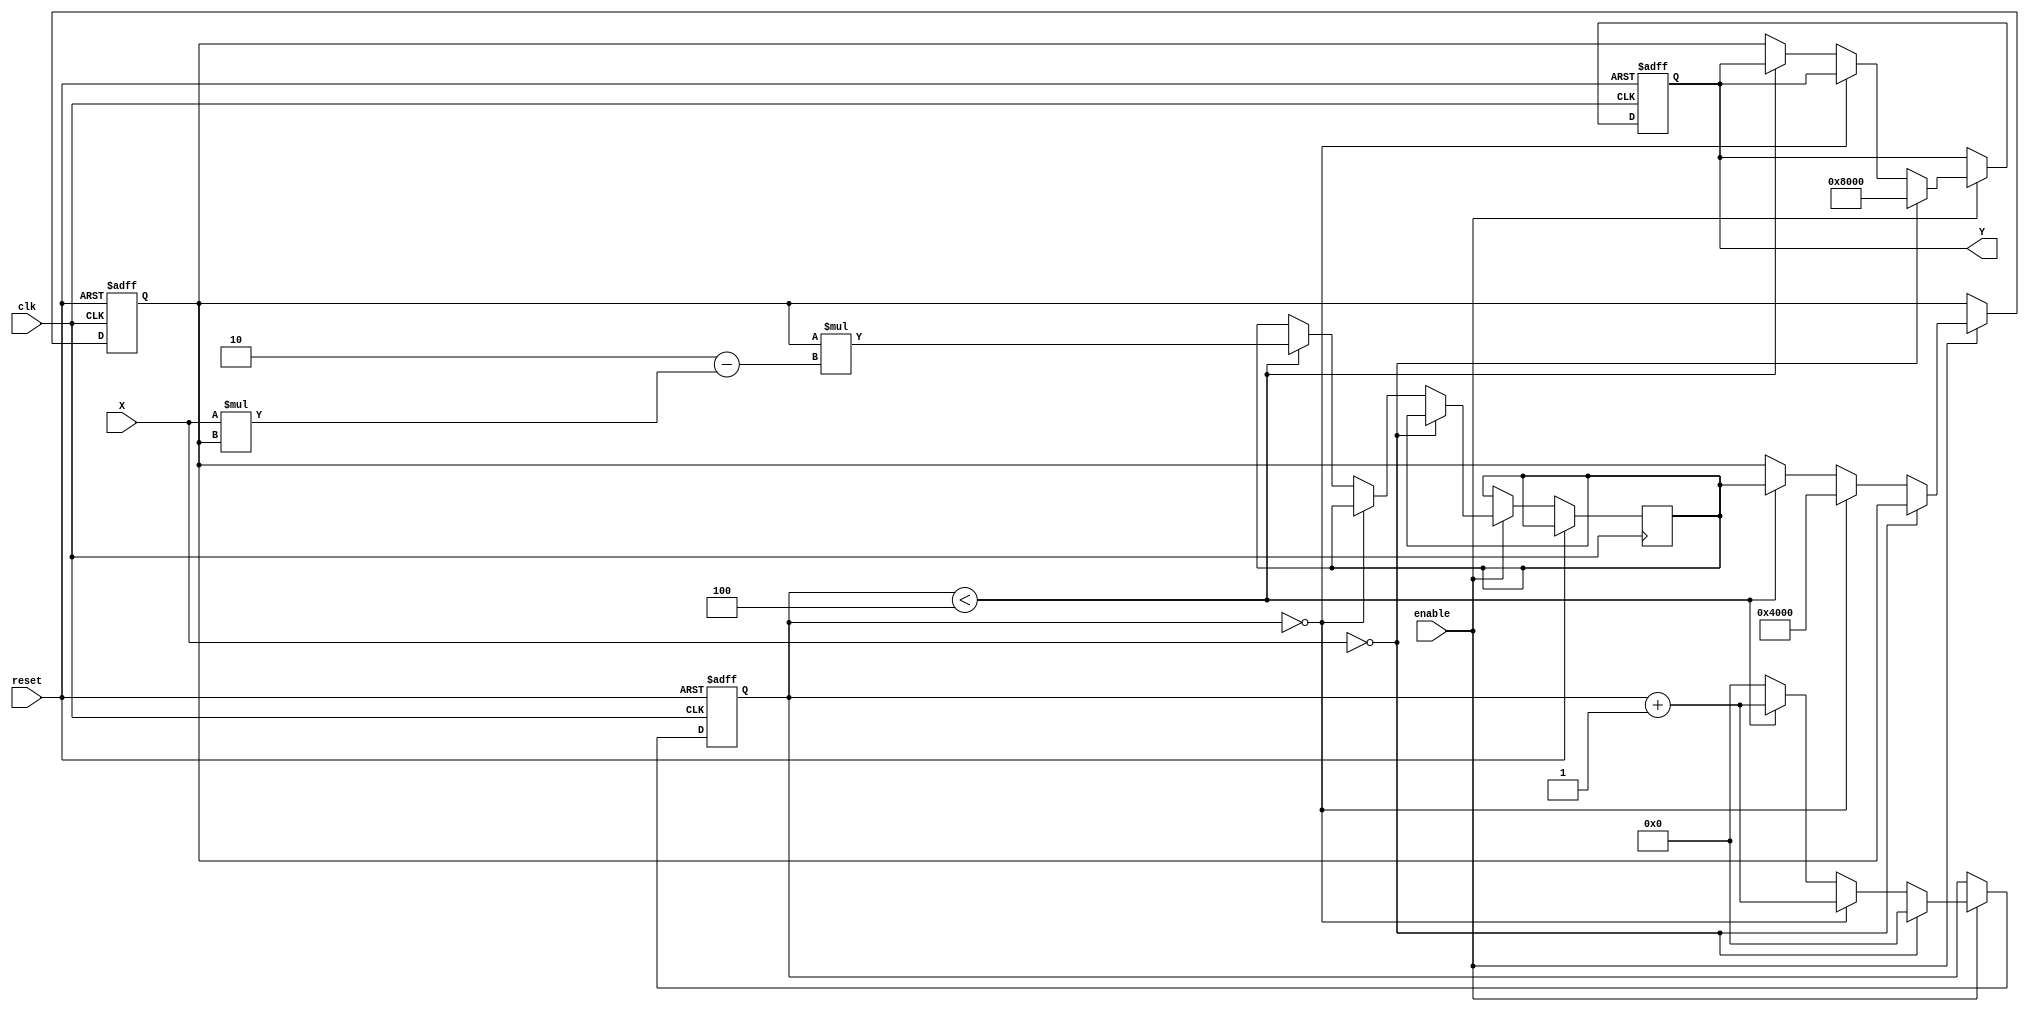
module reciprocal(
    input wire clk,
    input wire reset,
    input wire enable,
    input wire [N-1:0] X,  // Input: fixed-point binary fractional number (0, 1)
    output reg [N-1:0] Y    // Output: reciprocal of X (1, )
);

// Parameter
parameter N = 16;  // Bit width, can be adjusted as needed

// Internal variables
reg [N-1:0] Y_n;      // Holds the current value of the iteration
reg [N-1:0] Y_next;   // Holds the next value to be computed
reg valid;             // Valid flag for output
reg [3:0] iter_count;  // Iteration counter

// Invalid or maximum representable value
localparam MAX_REPR = {1'b1, {N-1{1'b0}}}; // 1.0 in fixed-point representation (N bits)

// Function to compute next Y value in Newton-Raphson iteration
function [N-1:0] newton_step;
    input [N-1:0] X_in;
    input [N-1:0] Y_prev;
    begin
        newton_step = Y_prev * (2 - X_in * Y_prev); // Y_next = Y_n * (2 - X * Y_n)
    end
endfunction

// Always block for calculating reciprocal
always @(posedge clk or posedge reset) begin
    if (reset) begin
        Y <= 0;
        Y_n <= 0;
        valid <= 0;
        iter_count <= 0;
    end else if (enable) begin
        if (X == 0) begin
            Y <= MAX_REPR; // Output maximum representable value for zero input
            valid <= 1;
            iter_count <= 0;
        end else begin
            if (iter_count == 0) begin
                Y_n <= {1'b1, {N-2{1'b0}}}; // Initial guess: 1.0
                iter_count <= iter_count + 1;
            end else if (iter_count < 4) begin // Assuming 4 iterations
                Y_next <= newton_step(X, Y_n);
                Y_n <= Y_next;
                iter_count <= iter_count + 1;
            end else begin
                Y <= Y_n;  // Final result
                valid <= 1;
                iter_count <= 0; // Reset for next computation
            end
        end
    end
end

endmodule